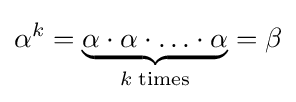
\alpha ^{k}=\underbrace {\alpha \cdot \alpha \cdot \ldots \cdot \alpha } _{k\;\mathrm {times} }=\beta